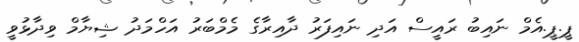
ޕީ.ޕީ.އެމް ނައިބު ރައީސް އަދި ނައިފަރު ދާއިރާގެ މެމްބަރު އަހްމަދު ޝިޔާމް ވިދާޅުވީ